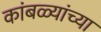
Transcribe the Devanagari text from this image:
कांबळ्यांच्या